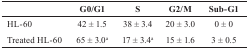
<table><thead><tr><td></td><td><b>G0/G1</b></td><td><b>S</b></td><td><b>G2/M</b></td><td><b>Sub-G1</b></td></tr></thead><tbody><tr><td>HL-60</td><td>42 ± 1.5</td><td>38 ± 3.4</td><td>20 ± 3.0</td><td>0 ± 0</td></tr><tr><td>Treated HL-60</td><td>65 ± 3.0a</td><td>17 ± 3.4a</td><td>15 ± 1.6</td><td>3 ± 0.5</td></tr></tbody></table>